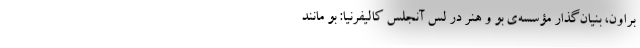
براون، بنیان‌گذار مؤسسه‌ی بو و هنر در لس ‌آنجلس کالیفرنیا: بو مانند